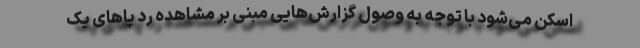
اسکن می‌شود با توجه به وصول گزارش‌هایی مبنی بر مشاهده رد پا‌های یک